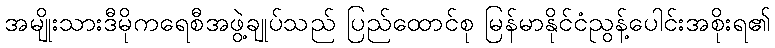
အမျိုးသားဒီမိုကရေစီအဖွဲ့ချုပ်သည် ပြည်ထောင်စု မြန်မာနိုင်ငံညွန့်ပေါင်းအစိုးရ၏